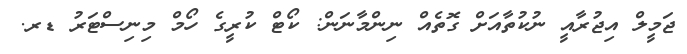
ޖަމީލް އިޖުރާއީ ނުކުތާއަށް ގޮތެއް ނިންމާނަން: ކޯޓް ކުރީގެ ހޯމް މިނިސްޓަރު ޑރ.